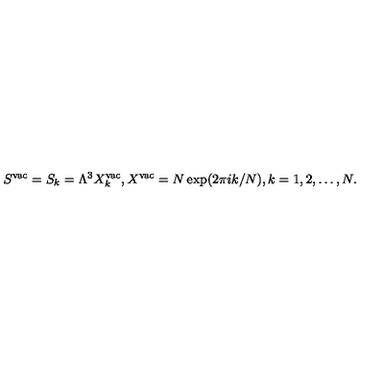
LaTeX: S ^ { \mathrm { v a c } } = S _ { k } = \Lambda ^ { 3 } X _ { k } ^ { \mathrm { v a c } } , X ^ { \mathrm { v a c } } = N \exp ( 2 \pi i k / N ) , k = 1 , 2 , \dots , N .